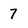
Character: 7